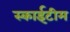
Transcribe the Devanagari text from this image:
स्‍काईटीम